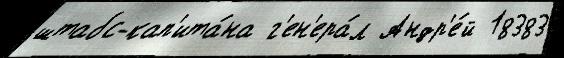
штабс-кап'ита́на г'ен'ера́л Андр'е́й 18383